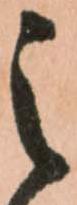
之